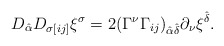
\begin{align*}D_{\hat\alpha}D_{\sigma[ij]}\xi^{\sigma} = 2(\Gamma^\nu\Gamma_{ij})_{\hat\alpha\hat\delta}\partial_\nu\xi^{\hat\delta}.\end{align*}